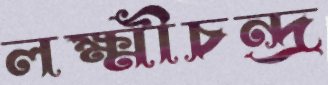
লক্ষ্মীচন্দ্র